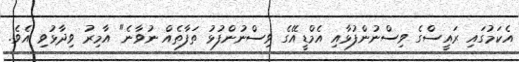
އެކަމުގައި ރައީސްގެ ވިސްނުންފުޅާއި އެމްޑީއޭގެ ވިސްނުންފުޅު ތަފާތެއް ނުވާނެ" އާމިރު ވިދާޅުވި އެވެ.